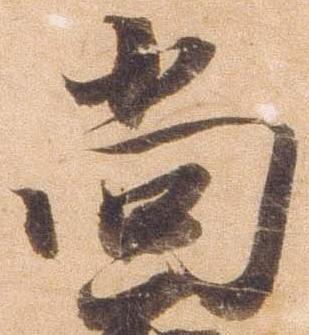
尚